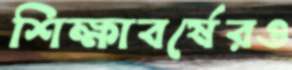
শিক্ষাবর্ষেরও